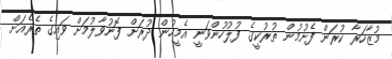
މުޒާހަރާ ކުރަން ފެށުމުން ތުރުކީގެ ފުލުހުންވަނީ އެމީހުން ދުރަށް ފޮނުވާލުމަށް ވައިގެ ތެރެއަށް